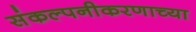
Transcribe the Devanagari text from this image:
संकल्पनीकरणाच्या